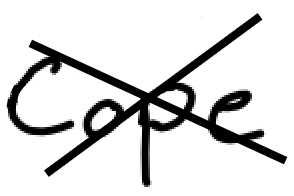
Text: Cope
Cross-out: cross
Writing tool: digital_black